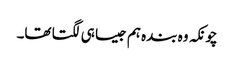
چونکہ وہ بندہ ہم جیسا ہی لگتا تھا۔